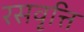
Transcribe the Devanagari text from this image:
रसवृत्ति